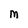
Character: m